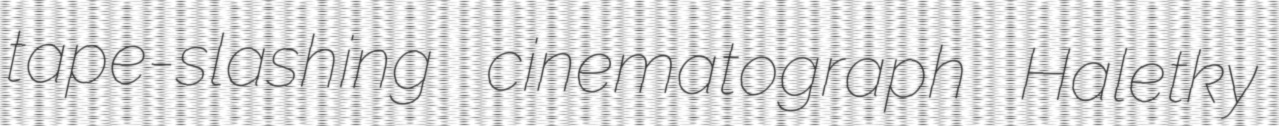
tape-slashing cinematograph Haletky